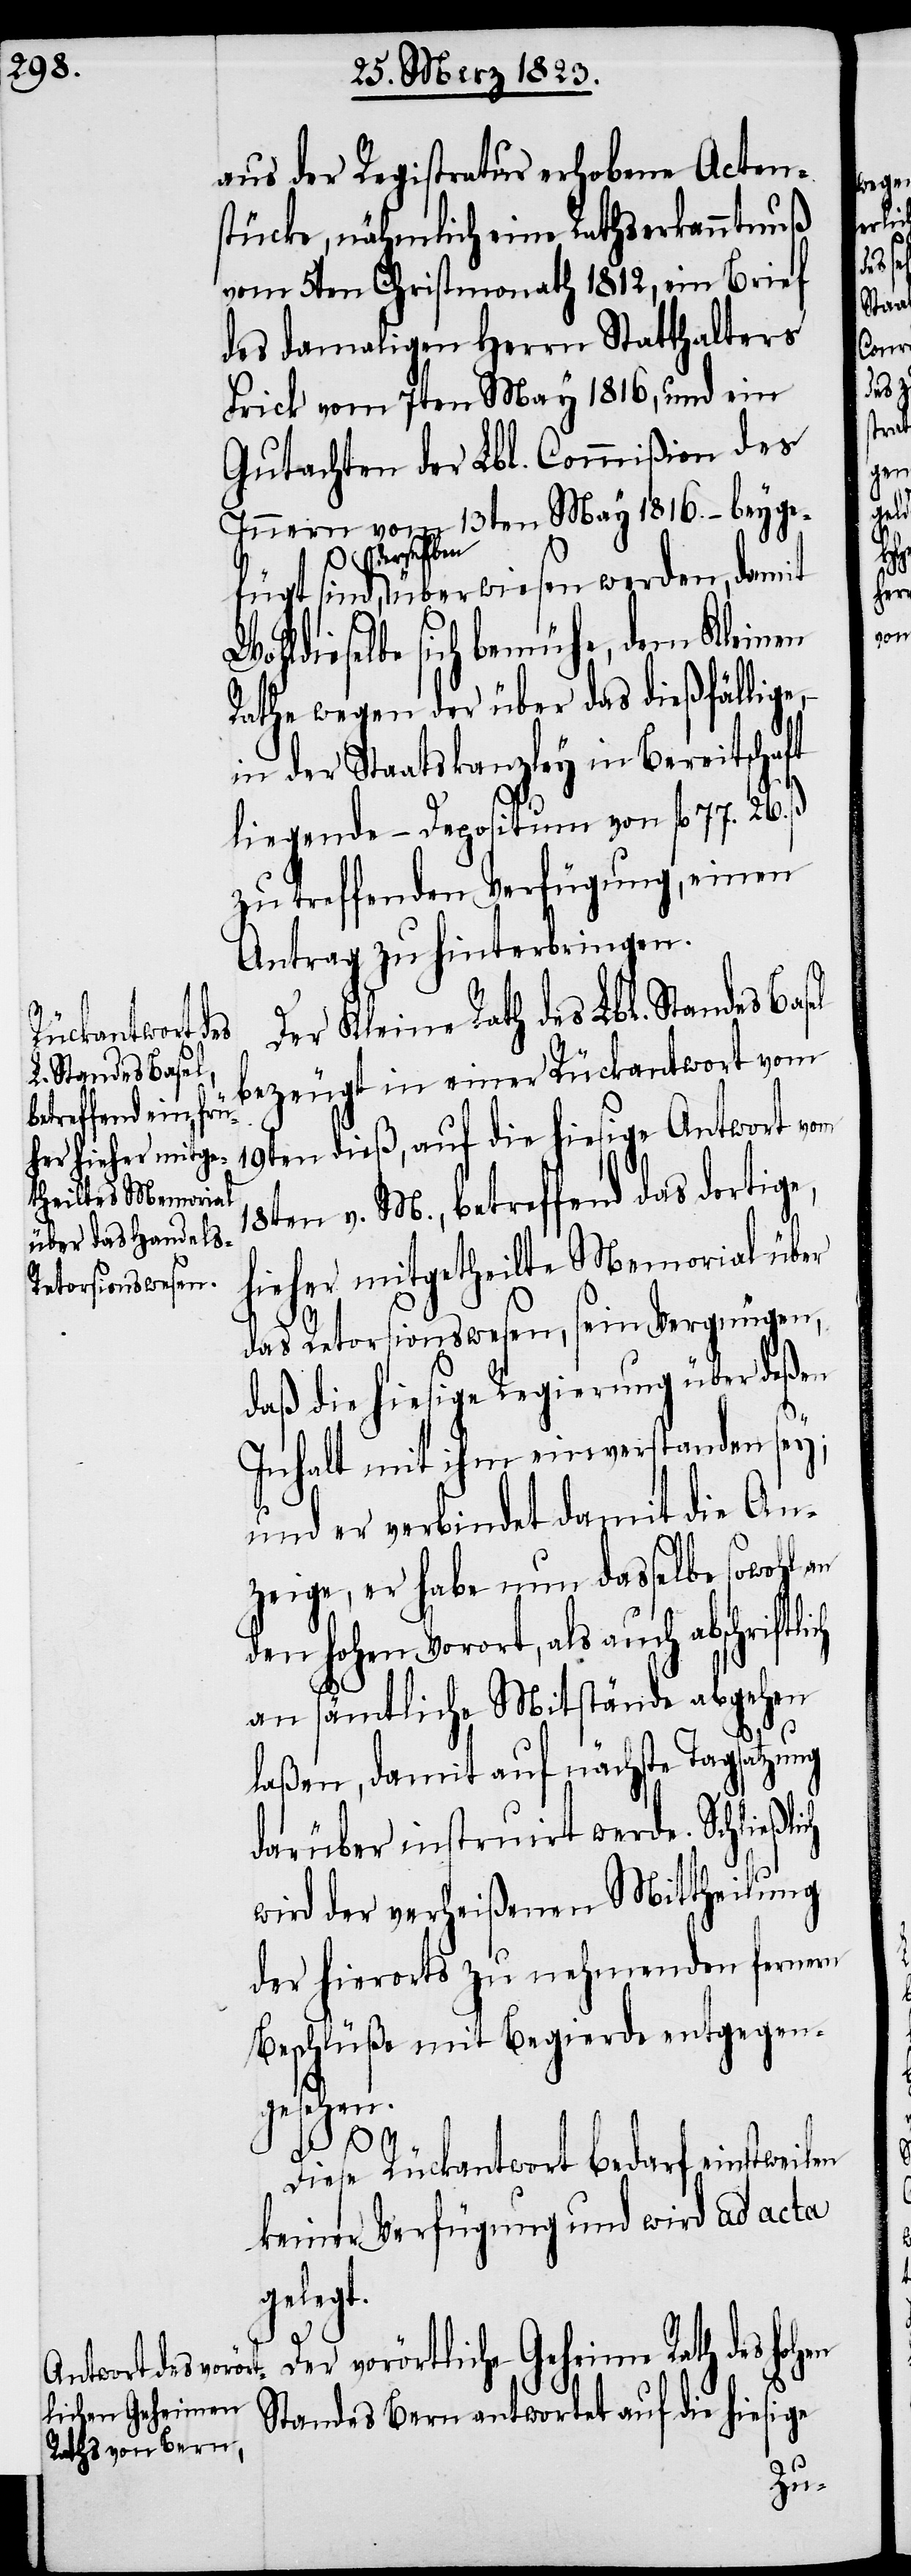
fügt sind, de¬

aus der Registratur erhobene Acten¬
stücke, nähmlich eine Rathserkanntnuß
vom 5ten Christmonath 1812, ein Brief
des damaligen Herrn Statthalters
Frick vom 7ten May 1816, und ein
Gutachten der Lbl. Commißion des
Innern vom 13ten May 1816. – beyge¬
rselben überwiesen werden, damit
Wohldieselbe sich bemühe, dem Kleinen
Rathe wegen der über das dießfällige,
in der Staatskanzley in Bereitschaft
liegende – Depositum von fl. 77. 26.
zu treffenden Verfügung, einen
Antrag zu hinterbringen.
Der Kleine Rath des Lbl. Standes Basel
bezeugt in einer Rückantwort vom
19ten dieß, auf die hiesige Antwort vom
18ten v. M., betreffend das dortige,
hieher mitgetheilte Memorial über
das Retorsionswesen, sein Vergnügen,
daß die hiesige Regierung über deßen
ich
Inhalt mit ihm einverstanden sey;
und er verbindet damit die An¬
zeige, er habe nun dasselbe sowohl an
den hohen Vorort, als auch abschriftl¬
an sämtliche Mitstände abgehen
laßen, damit auf nächste Tagsatzung
darüber instruirt werde. Schließlich
wird der verheißenen Mittheilung
der hierorts zu nehmenden fernern
Beschlüße mit Begierde entgegen¬
gesehen.
ß.
Diese Rückantwort bedarf einstweilen
keiner Verfügung und wird ad acta
gelegt.
Der vorörtliche Geheime Rath des hohen
Standes Bern antwortet auf die hiesige